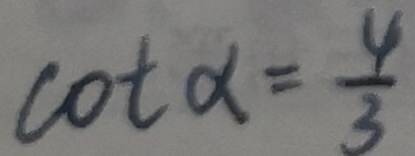
\cos t \alpha = \frac { 4 } { 3 }